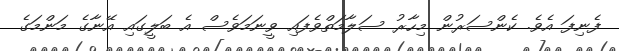
ފެނިފަ އެވެ. ކެންސަރުން މިހާރު ސަލާމަތްވެފައި ވީނަމަވެސް އެ ބަލީގައި އޭނާގެ މަންމަގެ